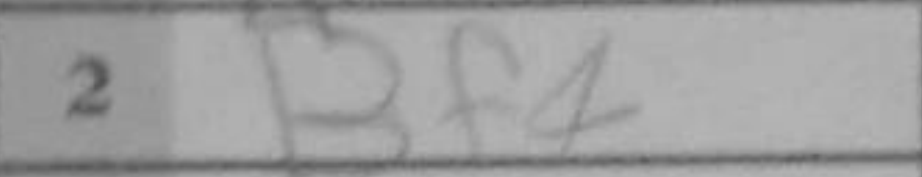
Transcription: Bf4